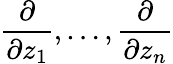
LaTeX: {\frac{\partial}{\partial z_{1}}},\ldots,{\frac{\partial}{\partial z_{n}}}